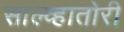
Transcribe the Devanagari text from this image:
साल्व्हातोरी